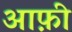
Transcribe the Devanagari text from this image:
आफ़ी